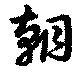
朝